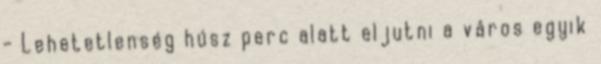
- Lehetetlenség húsz perc alatt eljutni a város egyik